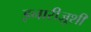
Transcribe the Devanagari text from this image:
इनारीज़ूशी